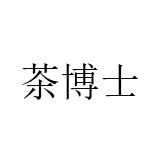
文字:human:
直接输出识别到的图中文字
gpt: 茶博士